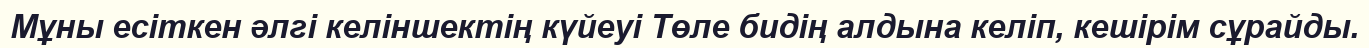
Мұны есіткен әлгі келіншектің күйеуі Төле бидің алдына келіп, кешірім сұрайды.